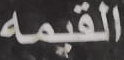
القيمه